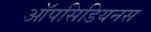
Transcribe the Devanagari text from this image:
ऑपसिडियनस